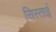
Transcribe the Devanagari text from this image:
सिस्ताई